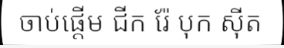
ចាប់ផ្តើម ជីក រ៉ែ បុក ស៊ីត